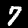
Digit: 7